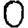
Digit: 0